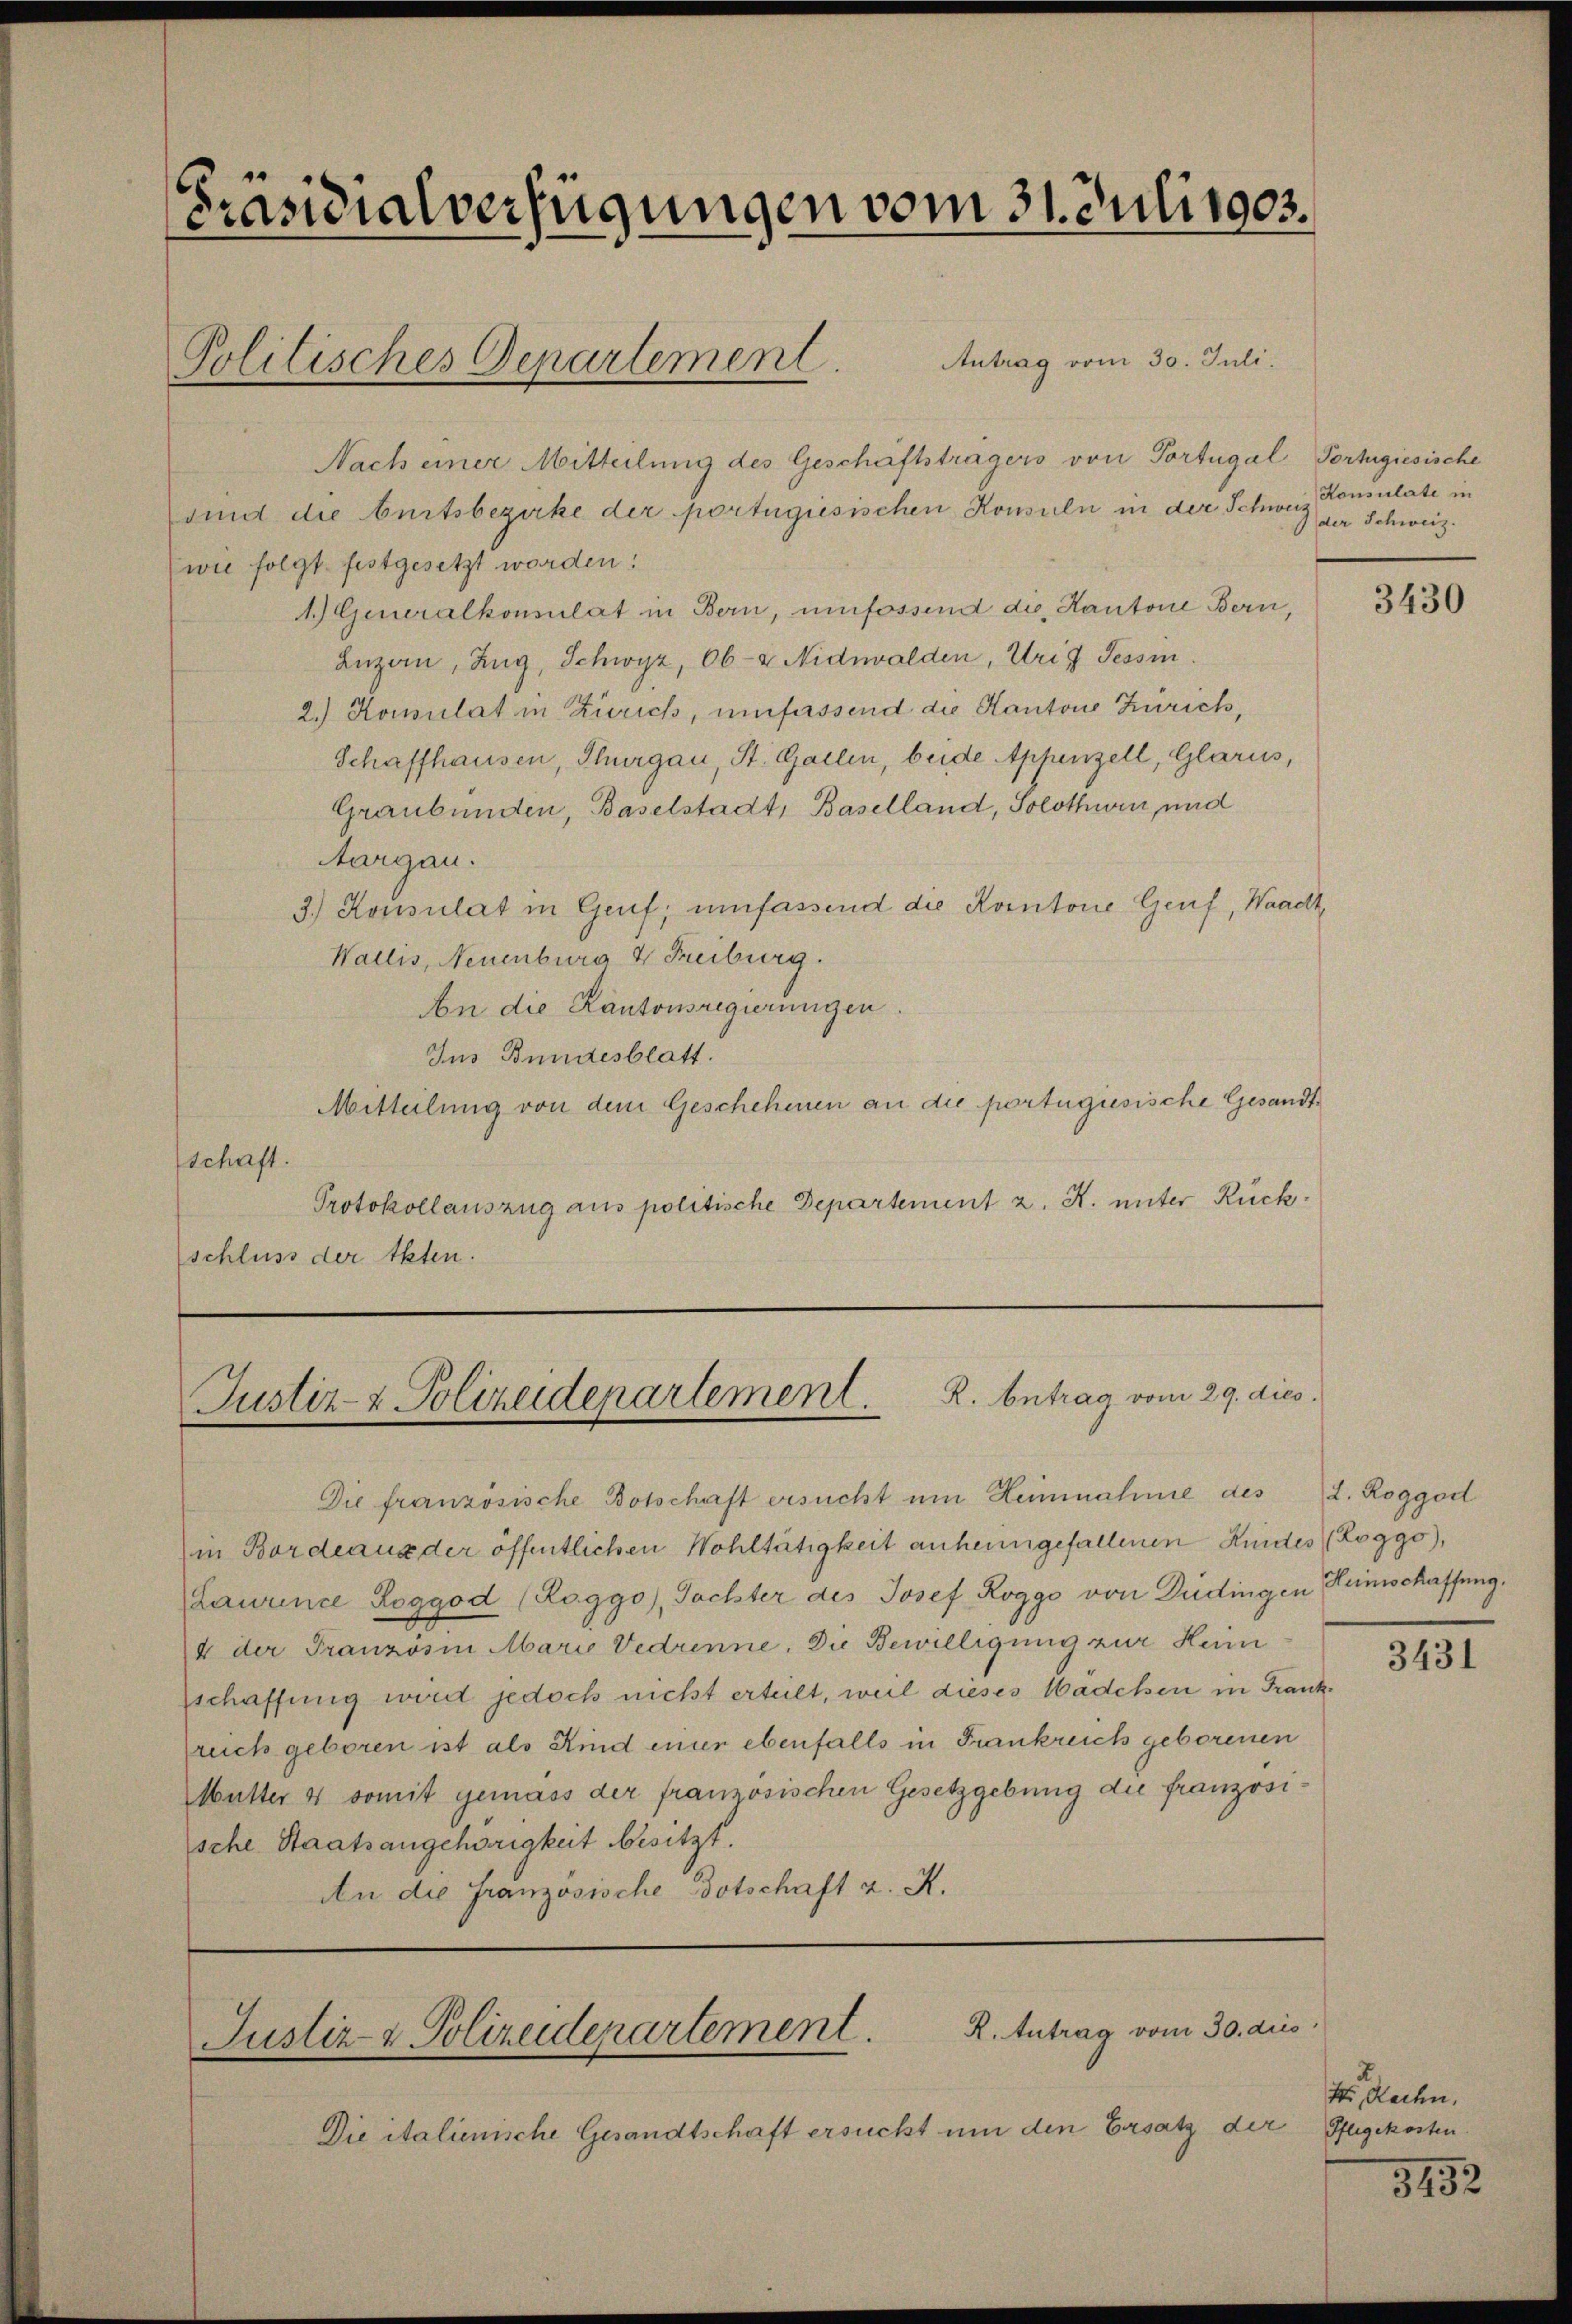
[Präsidialverfügungen vom 31. Juli 1903.

Antrag vom 30. Juli.
Nach einer Mitteilung des Geschäftsträgers von Portugal Portugiesische
sind die burtsbezirke der portugiesischen Konsuln in der Schweiz. Konsulate in
(wie folgt festgesetzt worden:
1.) Generalkonsulat in Bern, umfossend die Kantone Bern,
Luzern, Zug, Schwyz, Ob- & Nidwalden, Ursy Tessin.
2.) Konsulat in Zürich, umfassend die Kantone Zürich,
Schaffhausen, Thurgau, St. Gallen, beide Appenzell, Glarus,
Graubünden, Baselstadt, Baselland, Solothurn, und
Aargau.
3.) Konsulat in Genf, umfassend die Kantone Genf, Waadt,
Wallis, Neuenburg & Freiburg.
An die Kantonsregierungen.
Ins Bundesblatt.
Mitteilung von dem Geschehenen an die portugisische Gesandtschaft.
Protokollauszug aus politische Departement z. R. unter Rückschluss der Akten.

Politisches Departement.

R. Antrag vom 29. dies
Justiz- & Polizeidepartement.

Die italienische Gesandtschaft ersucht um den Ersatz der Pflegekosten.

Die französische Botschaft ersucht um Heinnahme des 2. Roggod
in Bordeaus der öffentlichen Wohltätigkeit anheimgefallenen Kindes (Loggo),
Lawince Roggod (Roggo), Tochter des Josef Roggo von Dudingen Heimschaffung.
4 der Französin Mario Vedrenne. Die Bewilligung zur Heim
schaffung wird jedoch nicht erteilt, weil dieses Mädchen in Frankruch geboren ist als Kind einer ebenfalls in Frankreich geborenen
Mutter 4 somit gemäss der französischen Gesetzgebung die französische Staatsangehörigkeit besitzt.
An die Französische Botschaft z. K.

R. Antrag vom 30. dies
Justiz- & Polizeidepartement

der Schweiz.

3430

3431

1 Rachen.

3452